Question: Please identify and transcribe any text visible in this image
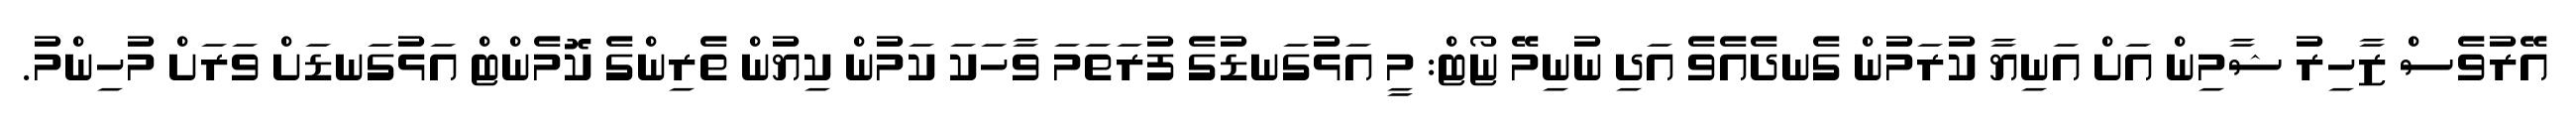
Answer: އޭރުވެސް ޒާހިރު ޝާމިން އަށް އަނިޔާ ކުރަމުން ގެނދެއެވެ އަދި ނުނިމޭ ޏޯޓް: މީ އަޅުގަނޑުގެ ފުރަތަމަ ވާހަކަ ކަމުން ކިޔުން ތެރިންގެ ކޮމެންޓް އަޅުގަނޑަށް ވަރަށް މުހިންމު.